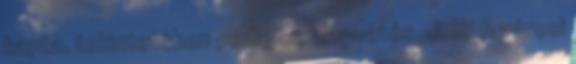
kapta. tekintetében pedig ez alapvetés. J. K. A városi